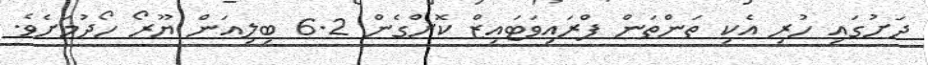
ދަށުގައި ހުރި އެކި ތަންތަން ޕްރައިވަޓައިޒް ކޮށްގެން 6.2 ބިލިއަން ޔޫރޯ ހޯދުމަށެވެ.